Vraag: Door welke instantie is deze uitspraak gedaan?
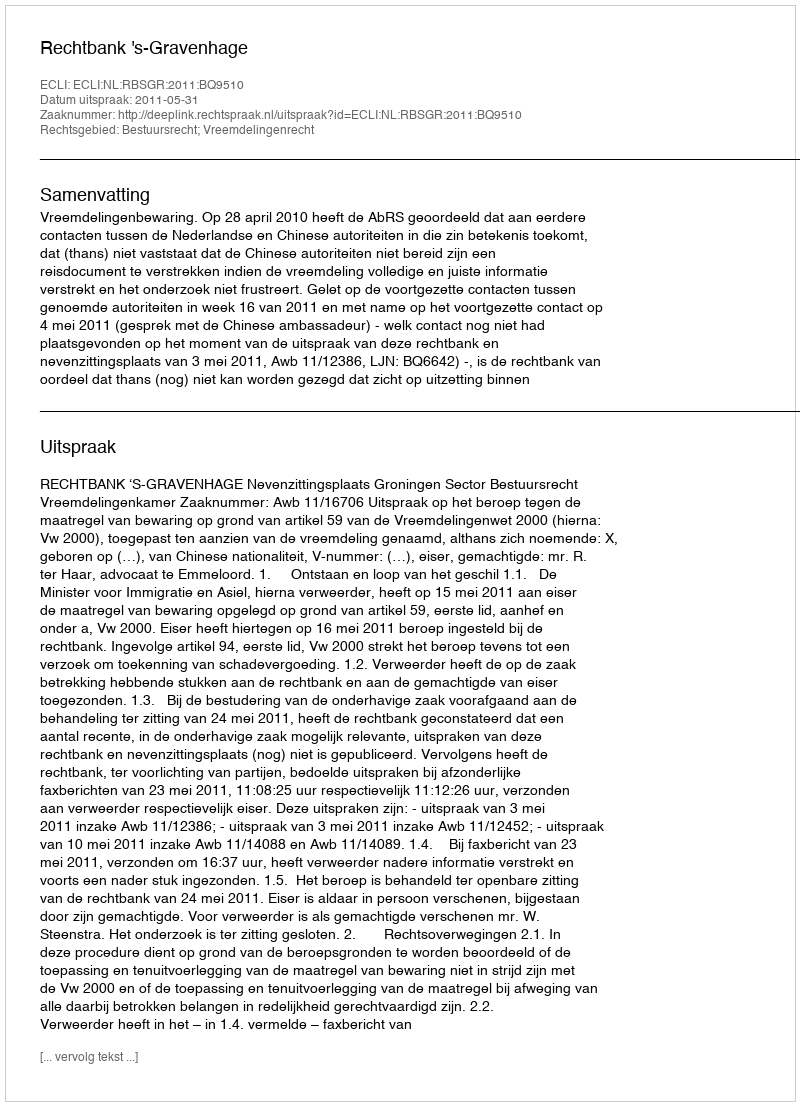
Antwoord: Rechtbank 's-Gravenhage